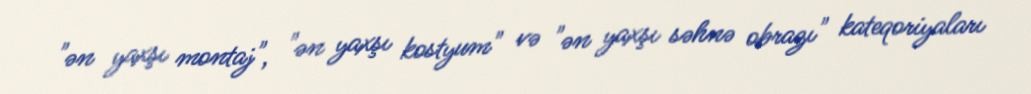
"ən yaxşı montaj", "ən yaxşı kostyum" və "ən yaxşı səhnə obrazı" kateqoriyaları